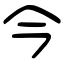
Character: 今